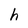
Character: h